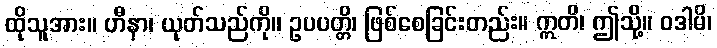
ထိုသူအား။ ဟီနာ၊ ယုတ်သည်ကို။ ဥပပတ္တိ၊ ဖြစ်စေခြင်းတည်း။ ဣတိ၊ ဤသို့။ ဝဒါမိ၊